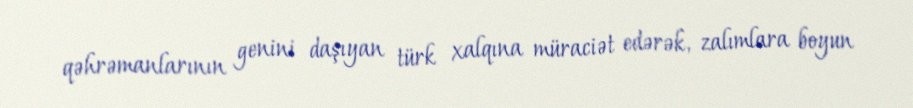
qəhrəmanlarının genini daşıyan türk xalqına müraciət edərək, zalımlara boyun